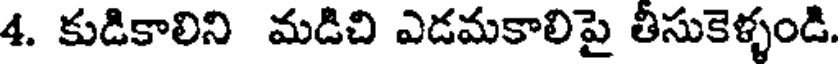
4. కుడికాలిని మడిచి ఎడమకాలిపై తీసుకెళ్ళండి.